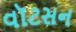
વૉટસન